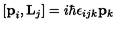
[ { \bf { p } } _ { i } , { \bf { L } } _ { j } ] = i \hbar \epsilon _ { i j k } { \bf { p } } _ { k }